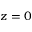
z = 0